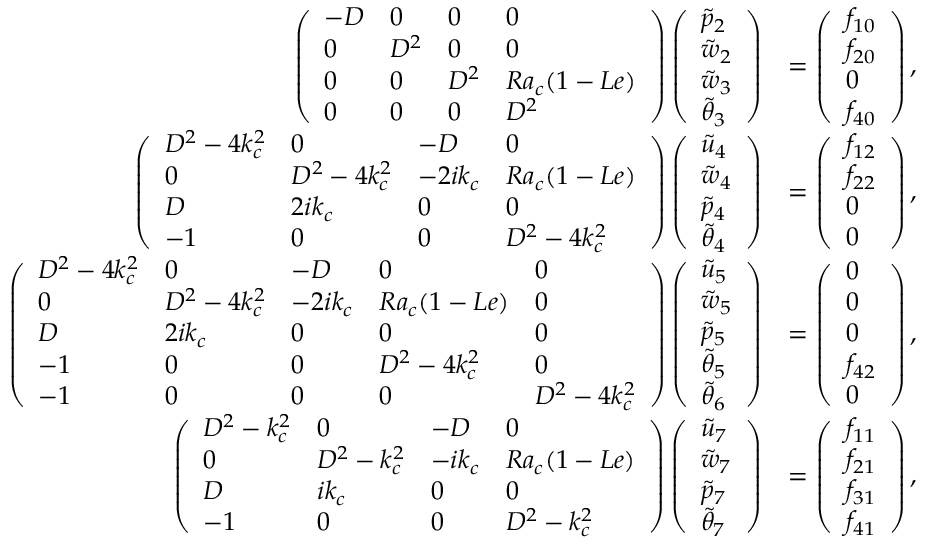
\begin{array} { r l } { \left( \begin{array} { l l l l } { - D } & { 0 } & { 0 } & { 0 } \\ { 0 } & { D ^ { 2 } } & { 0 } & { 0 } \\ { 0 } & { 0 } & { D ^ { 2 } } & { R a _ { c } ( 1 - L e ) } \\ { 0 } & { 0 } & { 0 } & { D ^ { 2 } } \end{array} \right) \left( \begin{array} { l } { \tilde { p } _ { 2 } } \\ { \tilde { w } _ { 2 } } \\ { \tilde { w } _ { 3 } } \\ { \tilde { \theta } _ { 3 } } \end{array} \right) } & { = \left( \begin{array} { l } { f _ { 1 0 } } \\ { f _ { 2 0 } } \\ { 0 } \\ { f _ { 4 0 } } \end{array} \right) , } \\ { \left( \begin{array} { l l l l } { D ^ { 2 } - 4 k _ { c } ^ { 2 } } & { 0 } & { - D } & { 0 } \\ { 0 } & { D ^ { 2 } - 4 k _ { c } ^ { 2 } } & { - 2 i k _ { c } } & { R a _ { c } ( 1 - L e ) } \\ { D } & { 2 i k _ { c } } & { 0 } & { 0 } \\ { - 1 } & { 0 } & { 0 } & { D ^ { 2 } - 4 k _ { c } ^ { 2 } } \end{array} \right) \left( \begin{array} { l } { \tilde { u } _ { 4 } } \\ { \tilde { w } _ { 4 } } \\ { \tilde { p } _ { 4 } } \\ { \tilde { \theta } _ { 4 } } \end{array} \right) } & { = \left( \begin{array} { l } { f _ { 1 2 } } \\ { f _ { 2 2 } } \\ { 0 } \\ { 0 } \end{array} \right) , } \\ { \left( \begin{array} { l l l l l } { D ^ { 2 } - 4 k _ { c } ^ { 2 } } & { 0 } & { - D } & { 0 } & { 0 } \\ { 0 } & { D ^ { 2 } - 4 k _ { c } ^ { 2 } } & { - 2 i k _ { c } } & { R a _ { c } ( 1 - L e ) } & { 0 } \\ { D } & { 2 i k _ { c } } & { 0 } & { 0 } & { 0 } \\ { - 1 } & { 0 } & { 0 } & { D ^ { 2 } - 4 k _ { c } ^ { 2 } } & { 0 } \\ { - 1 } & { 0 } & { 0 } & { 0 } & { D ^ { 2 } - 4 k _ { c } ^ { 2 } } \end{array} \right) \left( \begin{array} { l } { \tilde { u } _ { 5 } } \\ { \tilde { w } _ { 5 } } \\ { \tilde { p } _ { 5 } } \\ { \tilde { \theta } _ { 5 } } \\ { \tilde { \theta } _ { 6 } } \end{array} \right) } & { = \left( \begin{array} { l } { 0 } \\ { 0 } \\ { 0 } \\ { f _ { 4 2 } } \\ { 0 } \end{array} \right) , } \\ { \left( \begin{array} { l l l l } { D ^ { 2 } - k _ { c } ^ { 2 } } & { 0 } & { - D } & { 0 } \\ { 0 } & { D ^ { 2 } - k _ { c } ^ { 2 } } & { - i k _ { c } } & { R a _ { c } ( 1 - L e ) } \\ { D } & { i k _ { c } } & { 0 } & { 0 } \\ { - 1 } & { 0 } & { 0 } & { D ^ { 2 } - k _ { c } ^ { 2 } } \end{array} \right) \left( \begin{array} { l } { \tilde { u } _ { 7 } } \\ { \tilde { w } _ { 7 } } \\ { \tilde { p } _ { 7 } } \\ { \tilde { \theta } _ { 7 } } \end{array} \right) } & { = \left( \begin{array} { l } { f _ { 1 1 } } \\ { f _ { 2 1 } } \\ { f _ { 3 1 } } \\ { f _ { 4 1 } } \end{array} \right) , } \end{array}